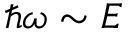
\hbar \omega \sim E